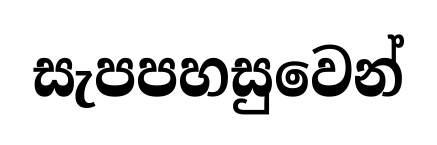
සැපපහසුවෙන්